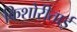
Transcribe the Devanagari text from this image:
किशोरीताई